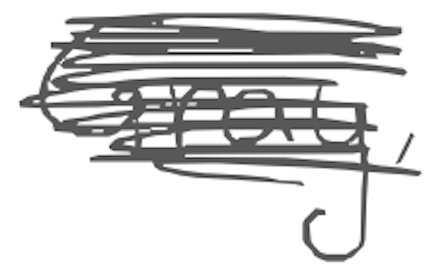
Text: Gray,
Cross-out: scratch
Writing tool: digital_gray